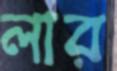
লার